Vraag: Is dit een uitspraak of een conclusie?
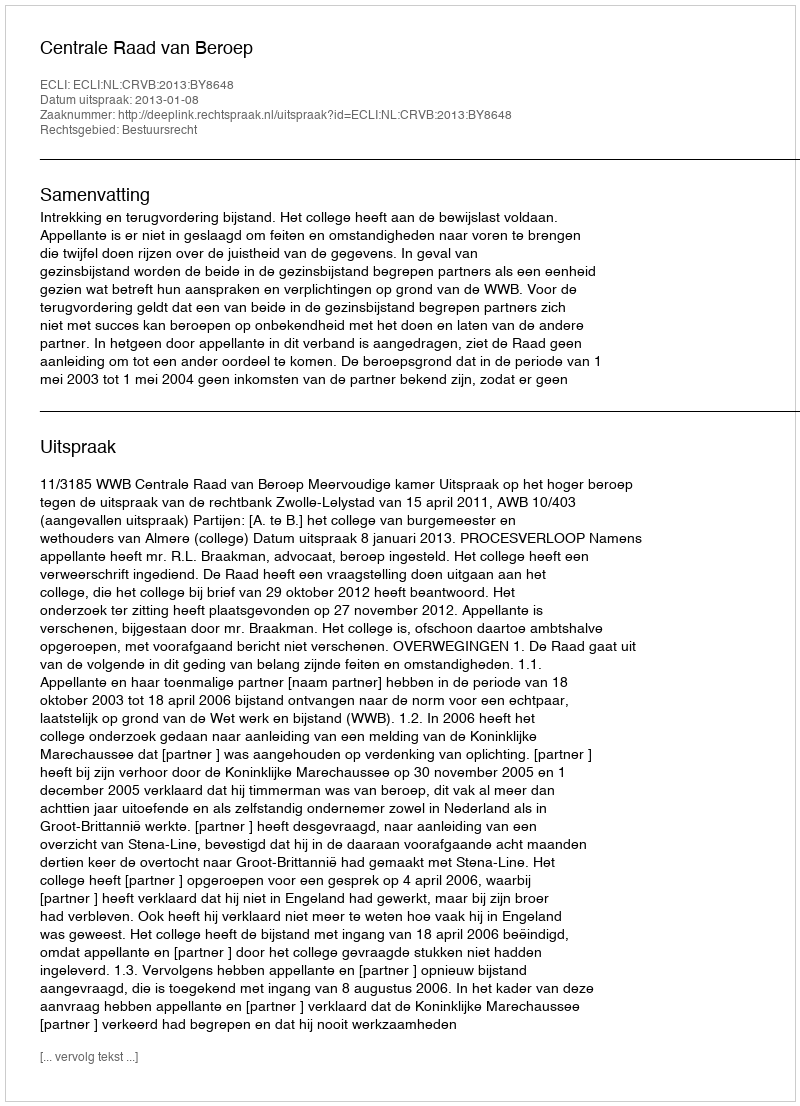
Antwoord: Uitspraak